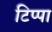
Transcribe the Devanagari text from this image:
टिप्पा